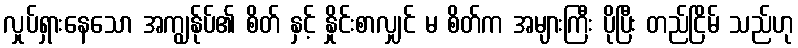
လှုပ်ရှားနေသော အကျွန်ုပ်၏ စိတ် နှင့် နှိုင်းစာလျှင် မ စိတ်က အများကြီး ပိုပြီး တည်ငြိမ် သည်ဟု